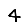
Digit: 4